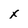
Character: x